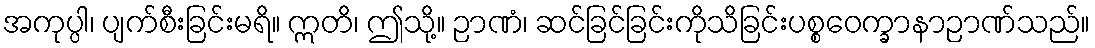
အကုပ္ပါ၊ ပျက်စီးခြင်းမရိ။ ဣတိ၊ ဤသို့။ ဉာဏံ၊ ဆင်ခြင်ခြင်းကိုသိခြင်းပစ္စဝေက္ခာနာဉာဏ်သည်။